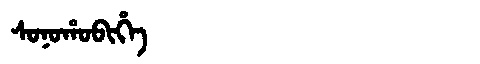
Manchu: ᠰᠣᠨᠣᡥᠣᠪᡳᡥᡝ
Romanization: SONOHOBIHE